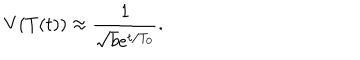
V ( T ( t ) ) \approx \frac { 1 } { \sqrt { b } e ^ { t / T _ { 0 } } } .